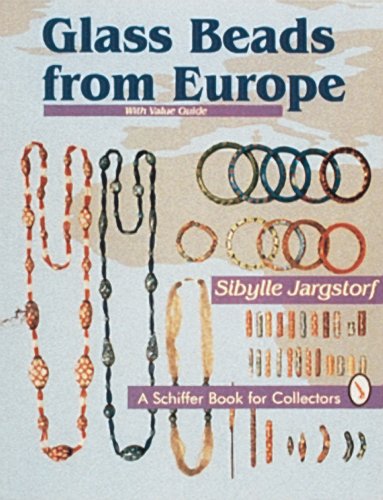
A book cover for Glass Beads from Europe: With Value Guide (Schiffer Book for Collectors); Sibylle Jargstorf; Crafts, Hobbies & Home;